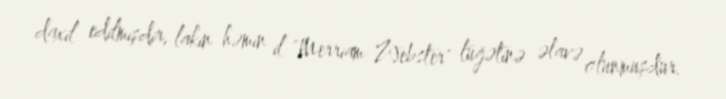
daxil edilmişdir, lakin həmin il "Merriam-Webster" lüğətinə əlavə olunmuşdur.